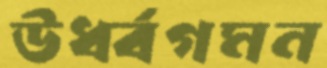
ঊর্ধ্বগমন